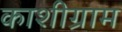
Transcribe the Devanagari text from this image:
काशीग्राम